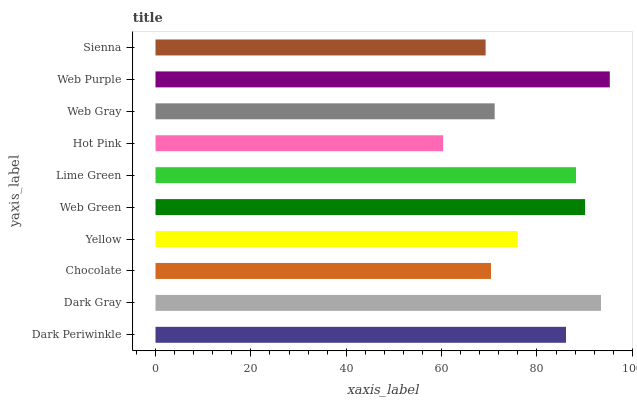
| yaxis_label | bars |
 | --- | --- |
 | Dark Periwinkle | 86.1 |
 | Dark Gray | 93.4 |
 | Chocolate | 70.4 |
 | Yellow | 76 |
 | Web Green | 90.1 |
 | Lime Green | 88.2 |
 | Hot Pink | 60.3 |
 | Web Gray | 71.1 |
 | Web Purple | 95.3 |
 | Sienna | 69.2 |